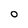
Character: O